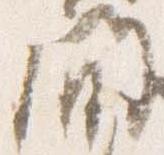
間